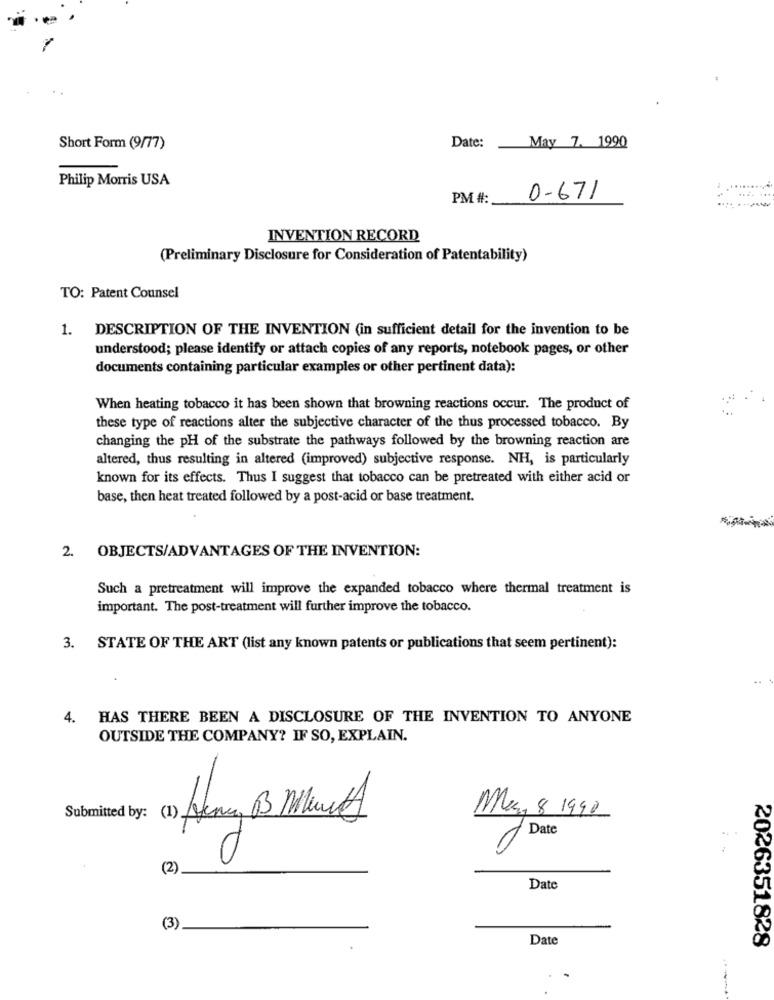
May 7. 1990
Short Form (9/77)
Date:
Philip Morris USA
PM #:
0-671
INVENTION RECORD
(Preliminary Disclosure for Consideration of Patentability)
TO: Patent Counsel
1. DESCRIPTION OF THE INVENTION (in sufficient detail for the invention to be
understood; please identify or attach copies of any reports, notebook pages, or other
documents containing particular examples or other pertinent data):
When heating tobacco it has been shown that browning reactions occur. The product of
these type of reactions alter the subjective character of the thus processed tobacco. By
changing the pH of the substrate the pathways followed by the browning reaction are
altered, thus resulting in altered (improved) subjective response. NH, is particularly
known for its effects. Thus I suggest that tobacco can be pretreated with either acid or
base, then heat treated followed by a post-acid or base treatment.
2. OBJECTS/ADVANTAGES OF THE INVENTION:
Such a pretreatment will improve the expanded tobacco where thermal treatment is
important. The post-treatment will further improve the tobacco.
3. STATE OF THE ART (list any known patents or publications that seem pertinent):
..
4.
HAS THERE BEEN A DISCLOSURE OF THE INVENTION TO ANYONE
OUTSIDE THE COMPANY? IF SO, EXPLAIN.
Submitted by: (1) Jen 3 Minuty
May, 8 1990
Date
(2)
Date
(3)_
Date
2026351828